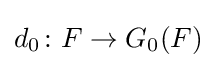
d_{0}\colon F\rightarrow G_{0}(F)